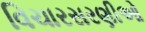
વિચારસરણીઓ